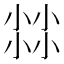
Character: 𡮐